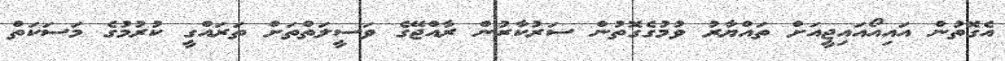
އެގޮތުން އައިއޯއައިޖީއަށް ތައްޔާރު ވުމުގެގޮތުން ސަރުކާރުން ރާއްޖޭގެ ވަސީލަތްތަށް ތަރައްގީ ކުރުމުގެ މަސަކަތް